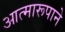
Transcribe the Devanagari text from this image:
आत्मारूपाने